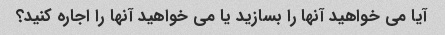
آیا می خواهید آنها را بسازید یا می خواهید آنها را اجاره کنید؟